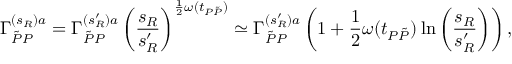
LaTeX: \Gamma _ { \tilde { P } P } ^ { ( s _ { R } ) a } = \Gamma _ { \tilde { P } P } ^ { ( s _ { R } ^ { \prime } ) a } \left( \frac { s _ { R } } { s _ { R } ^ { \prime } } \right) ^ { \frac { 1 } { 2 } \omega ( t _ { P \tilde { P } } ) } \simeq \Gamma _ { \tilde { P } P } ^ { ( s _ { R } ^ { \prime } ) a } \left( 1 + \frac { 1 } { 2 } \omega ( t _ { P \tilde { P } } ) \ln { \left( \frac { s _ { R } } { s _ { R } ^ { \prime } } \right) } \right) ,